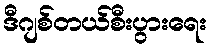
ဒီဂျစ်တယ်စီးပွားရေး